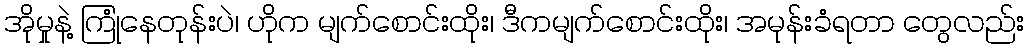
အိုမှုနဲ့ ကြုံနေတုန်းပဲ၊ ဟိုက မျက်စောင်းထိုး၊ ဒီကမျက်စောင်းထိုး၊ အမုန်းခံရတာ တွေလည်း